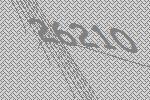
26210